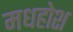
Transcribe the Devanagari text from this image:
मधहोश